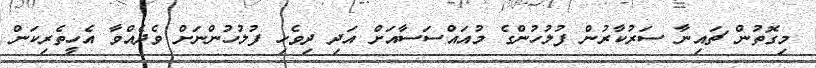
މިގޮތުން ޗައިނާ ސަރުކާރުން ފުލުހުންގެ މުއައްސަސާއަށް އަދި ދިވެހި ފުލުހުންނަށް ވެދެއްވާ އެހީތެރިކަން